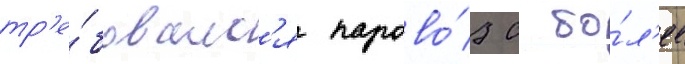
тр'е́бовалс'я парово́з с бо́л'ее